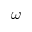
\omega